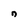
Character: n